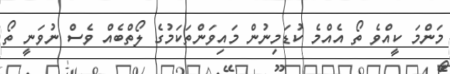
މަންމަ ކީއްވެ ތޯ އެއްމެ ކުޑަމިނުން މައިވަންތަކަމުގެ ލޯތްބެއް ވެސް ނުވަނީ ތޯ